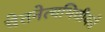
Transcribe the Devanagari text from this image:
चेतनेत्यभिधीयते